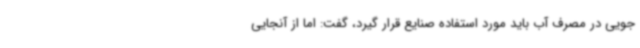
جویی در مصرف آب باید مورد استفاده صنایع قرار گیرد، گفت: اما از آنجایی